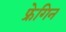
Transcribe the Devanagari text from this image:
फ्रेगिन